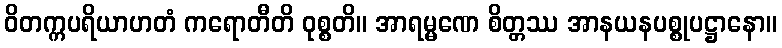
ဝိတက္ကပရိယာဟတံ ကရောတီတိ ဝုစ္စတိ။ အာရမ္မဏေ စိတ္တဿ အာနယနပစ္စုပဋ္ဌာနော။